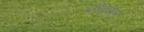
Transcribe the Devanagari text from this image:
क्रेकशेल